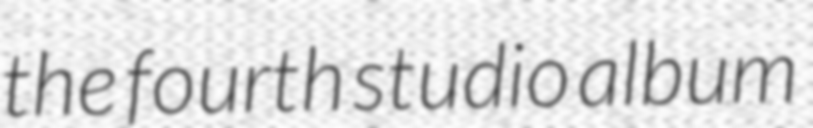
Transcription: the fourth studio album